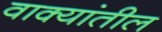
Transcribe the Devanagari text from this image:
वाक्यांतील